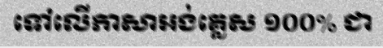
ទៅលើភាសាអង់គ្លេស ១០០% ជា